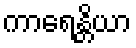
ကာရေန္တိယာ